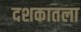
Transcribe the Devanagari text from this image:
दशकातला